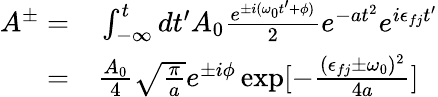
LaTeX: \begin{array}{rl}{A^{\pm}=}&{{}\int_{-\infty}^{t}dt^{\prime}A_{0}\frac{e^{\pm i(\omega_{0}t^{\prime}+\phi)}}{2}e^{-at^{2}}e^{i\epsilon_{fj}t^{\prime}}}\\ {=}&{{}\frac{A_{0}}{4}\sqrt{\frac{\pi}{a}}e^{\pm i\phi}\exp[-\frac{(\epsilon_{fj}\pm\omega_{0})^{2}}{4a}]}\end{array}